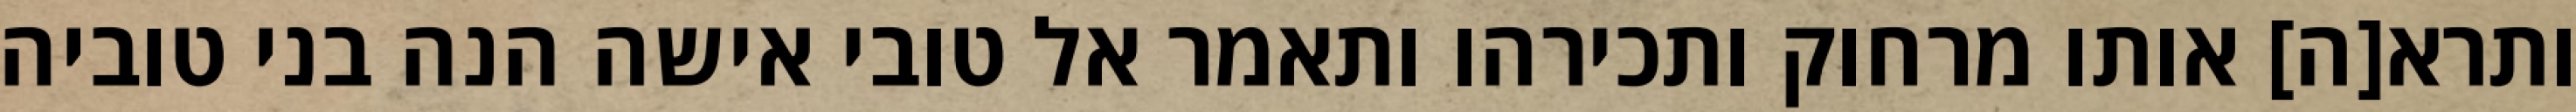
ותרא[ה] אותו מרחוק ותכירהו ותאמר אל טובי אישה הנה בני טוביה